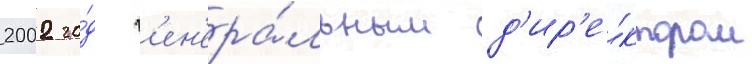
2002 го́д г'ен'ера́льным д'ир'е́ктором